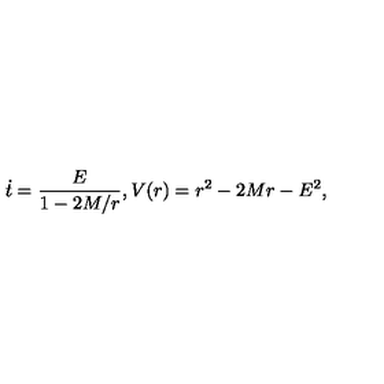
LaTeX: \dot { t } = \frac { E } { 1 - 2 M / r } , V ( r ) = r ^ { 2 } - 2 M r - E ^ { 2 } ,